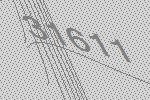
31611